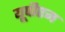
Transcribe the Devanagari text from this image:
यूपीएम